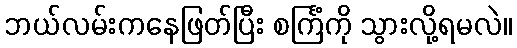
ဘယ်လမ်းကနေဖြတ်ပြီး စင်္ကြံကို သွားလို့ရမလဲ။